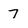
Character: 7